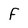
Character: F